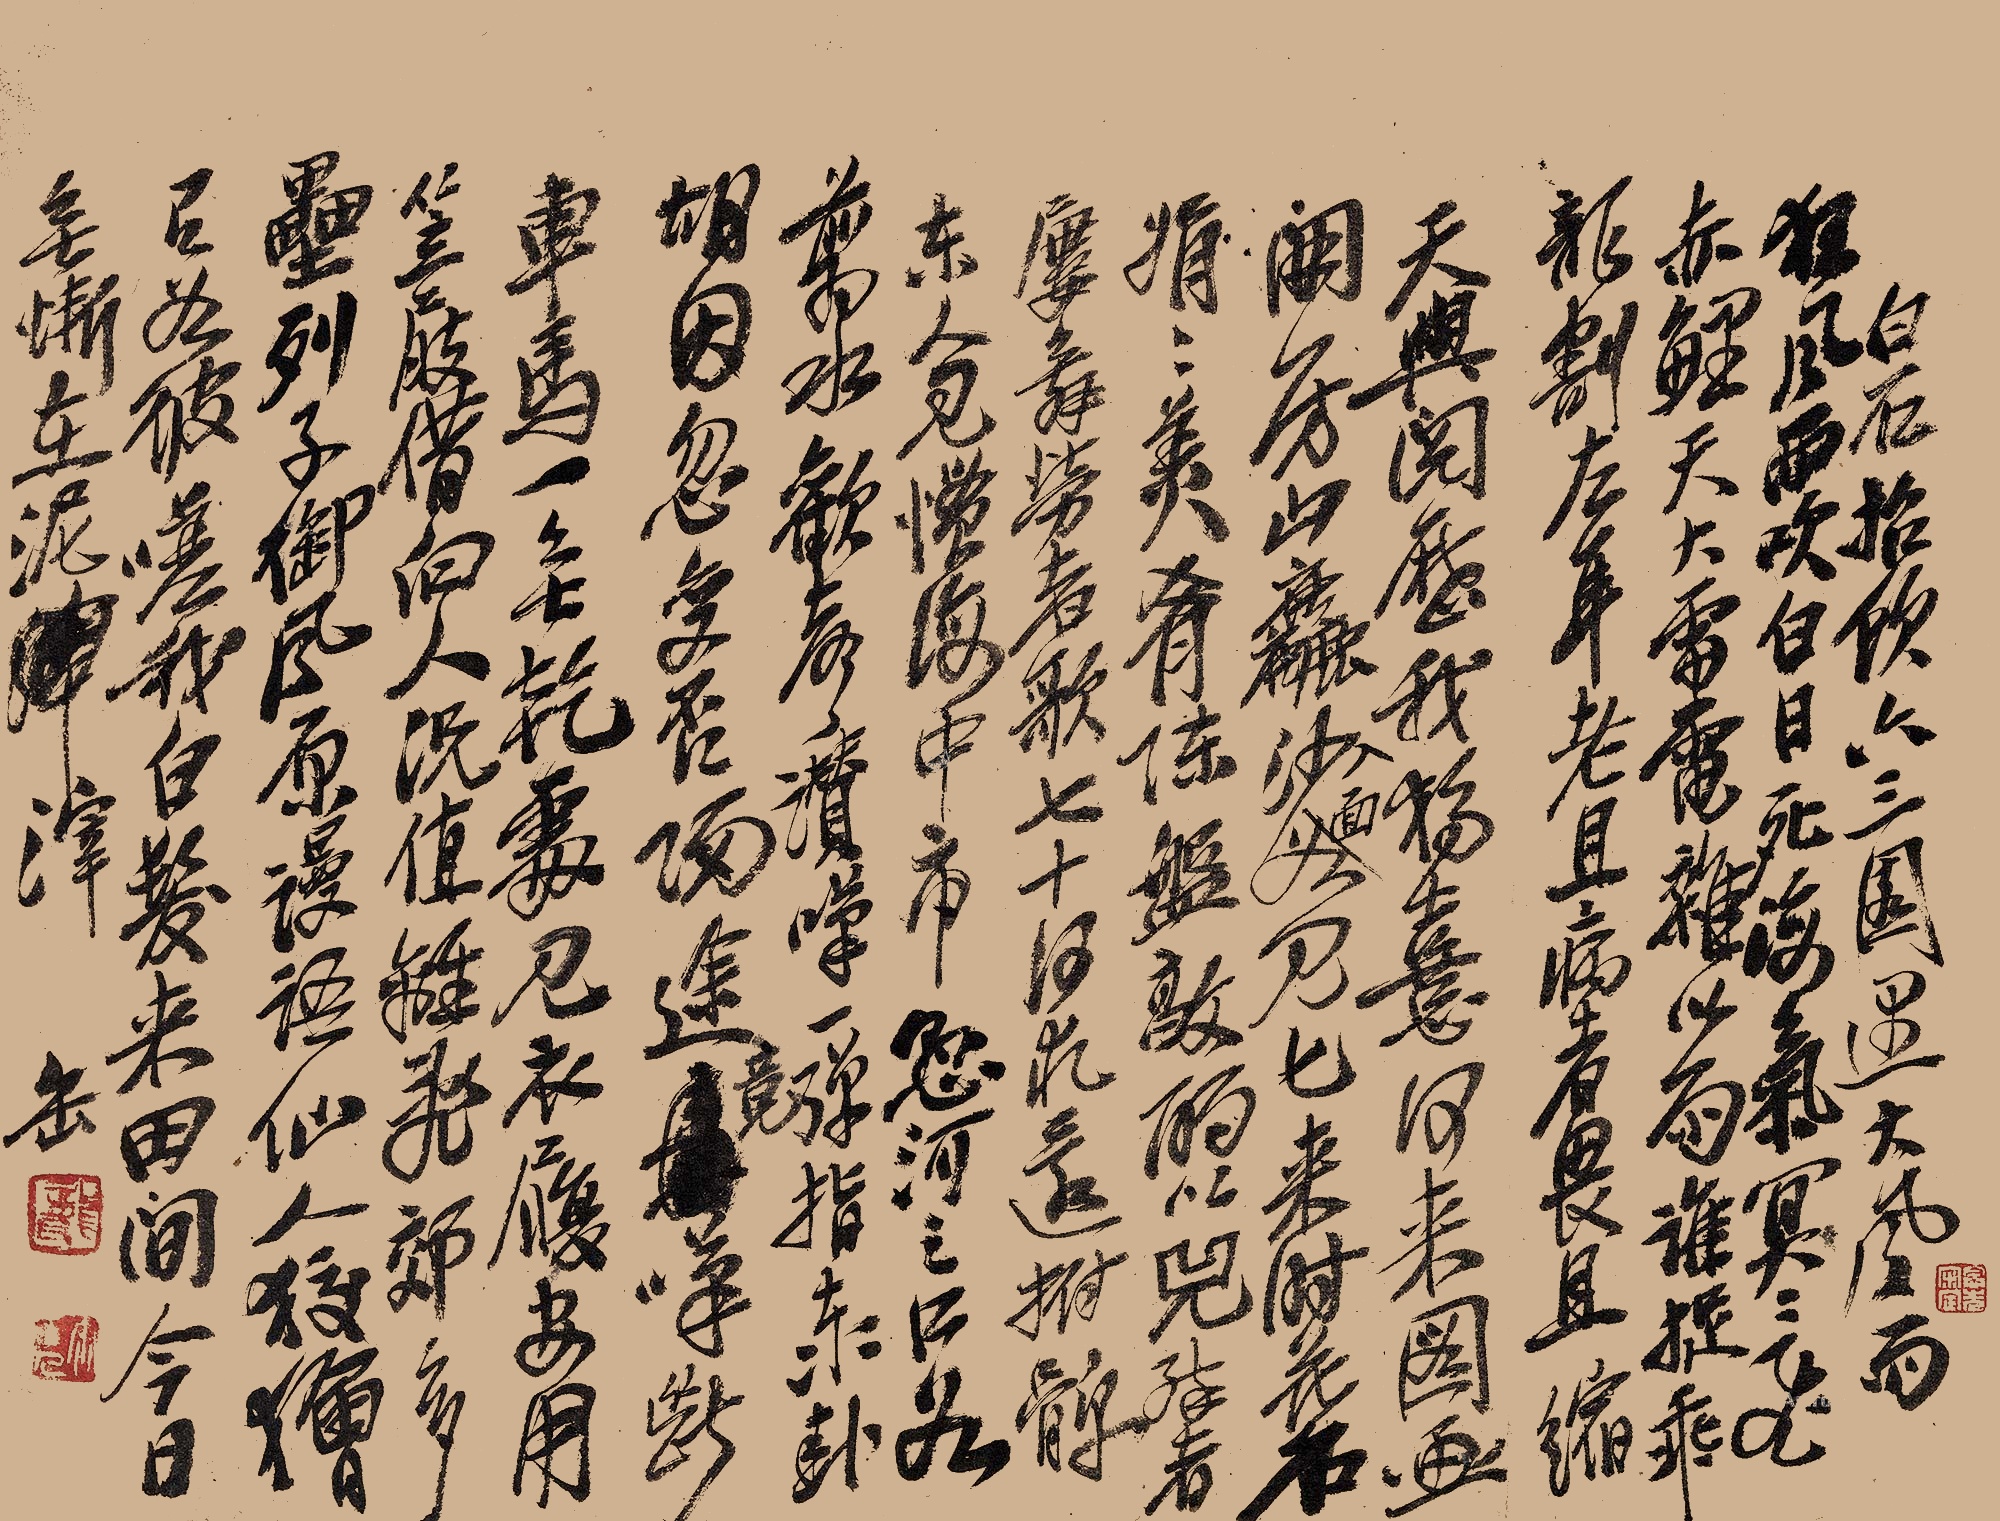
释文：白石招饮六三园遇大风雨。狂风雨吹白日死，海气冥冥飞赤鲤。天大雷电杂以雨，谁捉乖龙割左耳。老且病者畏且缩，天兴阅历我独憙。何来图画开房山，粗沙入面如见匕。来时花石娟娟美，肴陈盘敦酌以兕。醉者廔舞劳者歌，七十何求还拊髀。东人见惯海中市，悬河之口如翦水。欢声赞叹一弹指，泰卦胡因忽变否。归途竟叹断车马，一无干处见衣履。安用笠屐借向人，况值离乱郊多垒。列子御风原谩语，仙人狡狯有如彼。嗟我白发来田间，今日无惭在泥滓。缶。